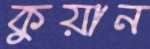
কুয়ান